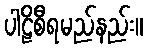
ပါဠိစီရမည်နည်း။